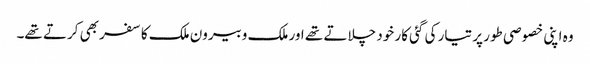
وہ اپنی خصوصی طور پر تیار کی گئی کار خود چلاتے تھے اور ملک وبیرون ملک کا سفر بھی کرتے تھے۔